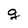
Character: g